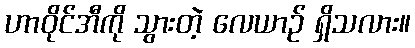
ဟာဝိုင်အီကို သွားတဲ့ လေယာဉ် ရှိသလား။